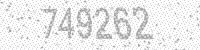
Solution: 749262